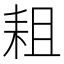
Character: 耝